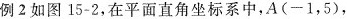
例2如图15-2，在平面直角坐标系中，A(-1，5)，